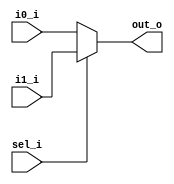
module mux_2_1_behav
(
input i0_i,
input i1_i,
input sel_i,
output out_o
);

// reg data type must be used for assignments in a behavioral assignment block (always) 
reg out;

always@(i0_i or i1_i or sel_i) begin
    if (sel_i == 1'b0) begin
        out = i0_i;
    end
    else begin
        out = i1_i;
    end
end

assign out_o = out;

endmodule